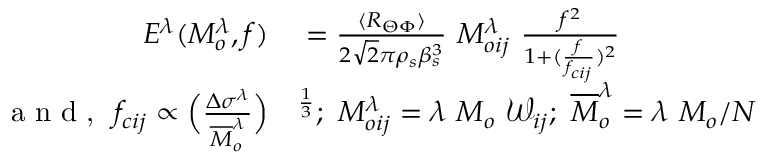
\begin{array} { r l } { E ^ { \lambda } ( M _ { o } ^ { \lambda } , f ) } & { { } = \frac { \langle R _ { \Theta \Phi } \rangle } { 2 \sqrt { 2 } \pi \rho _ { s } \beta _ { s } ^ { 3 } } ~ M _ { o i j } ^ { \lambda } ~ \frac { f ^ { 2 } } { 1 + ( \frac { f } { f _ { c i j } } ) ^ { 2 } } } \\ { \textnormal { a n d , } ~ f _ { c i j } \propto \Big ( \frac { \Delta \sigma ^ { \lambda } } { \overline { { M } } _ { o } ^ { \lambda } } \Big ) } & { { } ^ { \frac { 1 } { 3 } } ; ~ M _ { o i j } ^ { \lambda } = \lambda ~ M _ { o } ~ \mathcal { W } _ { i j } ; ~ \overline { { M } } _ { o } ^ { \lambda } = \lambda ~ M _ { o } / N } \end{array}